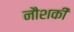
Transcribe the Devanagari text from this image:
नौशकी